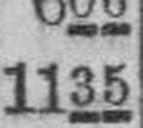
1135